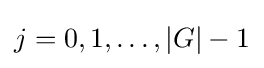
j=0,1,\dots ,|G|-1